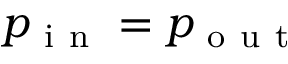
p _ { \mathrm { ~ i ~ n ~ } } = p _ { \mathrm { ~ o ~ u ~ t ~ } }